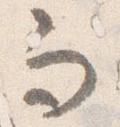
而